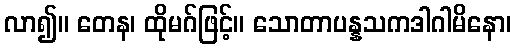
လာ၍။ တေန၊ ထိုမဂ်ဖြင့်။ သောတာပန္နသကဒါဂါမိနော၊